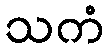
သကံ